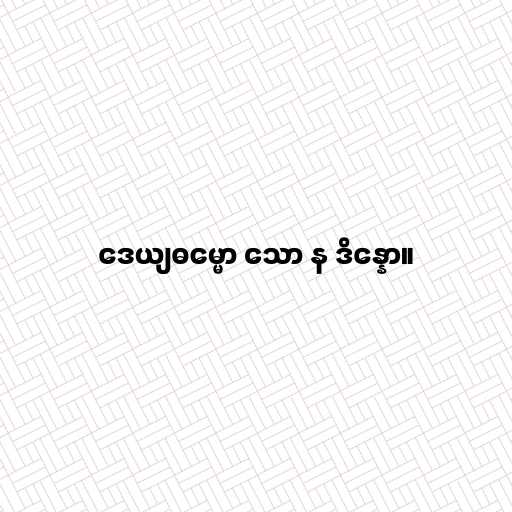
ဒေယျဓမ္မော သော န ဒိန္နော။